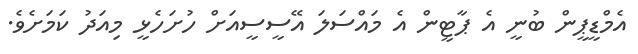
އެމްޑީޕީން ބުނީ އެ ޕާޓީން އެ މައްސަލަ އޭސީސީއަށް ހުށަހެޅީ މިއަދު ކަމަށެވެ.